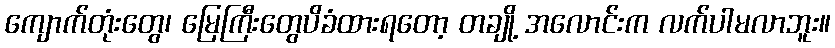
ကျောက်တုံးတွေ၊ မြေကြီးတွေပိခံထားရတော့ တချို့ အလောင်းက လက်ပါမလာဘူး။